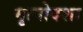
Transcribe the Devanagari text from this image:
मृत्योदशा